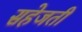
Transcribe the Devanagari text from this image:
सहेजती